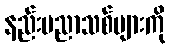
နည်းပညာသစ်များကို